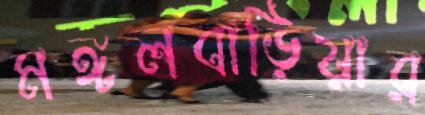
মঙ্গলবাড়িয়ার